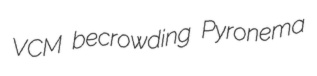
VCM becrowding Pyronema